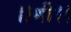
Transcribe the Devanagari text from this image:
।।श्री।।